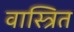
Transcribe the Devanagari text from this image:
वास्त्रित